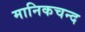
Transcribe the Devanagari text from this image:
मानिकचन्द